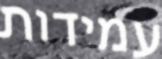
עמידות